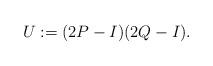
LaTeX: \begin{align*}U := (2P-I)(2Q-I).\end{align*}